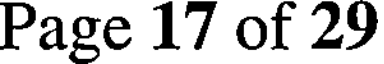
Page 17 of 29